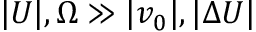
| U | , \Omega \gg | v _ { 0 } | , | \Delta U |